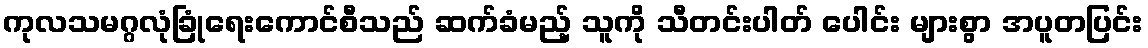
ကုလသမဂ္ဂလုံခြုံရေးကောင်စီသည် ဆက်ခံမည့် သူကို သီတင်းပါတ် ပေါင်း များစွာ အပူတပြင်း